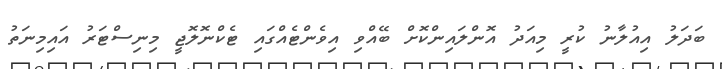
ބަދަލު އިއުލާނު ކުރީ މިއަދު އޮންލައިންކޮށް ބޭއްވި އިވެންޓެއްގައި ޓެކްނޮލޮޖީ މިނިސްޓަރު އައިމިނަތު